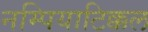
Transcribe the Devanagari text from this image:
नम्पियाटिक्कल